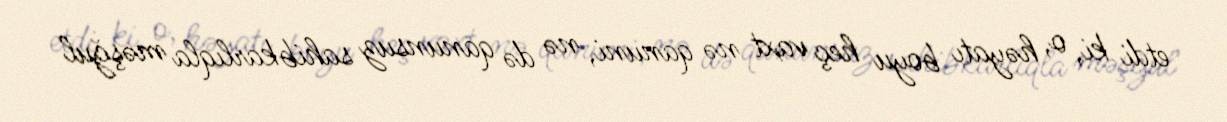
etdi ki, o, həyatı boyu heç vaxt nə qanuni, nə də qanunsuz sahibkarlıqla məşğul